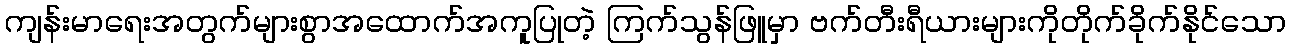
ကျန်းမာရေးအတွက်များစွာအထောက်အကူပြုတဲ့ ကြက်သွန်ဖြူမှာ ဗက်တီးရီယားများကိုတိုက်ခိုက်နိုင်သော